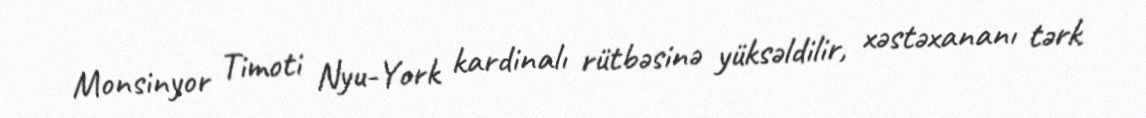
Monsinyor Timoti Nyu-York kardinalı rütbəsinə yüksəldilir, xəstəxananı tərk